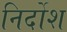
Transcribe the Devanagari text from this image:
निर्दोश